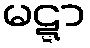
မဋ္ဋာ